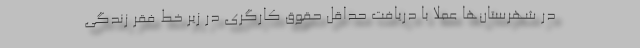
در شهرستان‌ها عملا با دریافت حداقل حقوق کارگری در زیر خط فقر زندگی